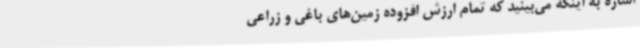
اشاره به اینکه می‌بینید که تمام ارزش افزوده زمین‌های باغی و زراعی